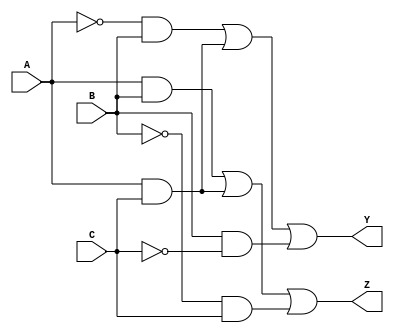
module reduced_logic_block (
    input wire A,  // First input
    input wire B,  // Second input
    input wire C,  // Third input
    output wire Y, // First output
    output wire Z  // Second output
);

// Internal wires for intermediate signals
wire A_not;
wire B_not;
wire C_not;
wire term1, term2, term3;
wire term4, term5, term6;

// NOT gates
assign A_not = ~A;  // A'
assign B_not = ~B;  // B'
assign C_not = ~C;  // C'

// Logic for output Y = A'B + AC + BC'
assign term1 = A_not & B; // A'B
assign term2 = A & C;     // AC
assign term3 = B & C_not; // BC'
assign Y = term1 | term2 | term3; // Y = A'B + AC + BC'

// Logic for output Z = AB + AC + B'C
assign term4 = A & B;     // AB
assign term5 = A & C;     // AC
assign term6 = B_not & C; // B'C
assign Z = term4 | term5 | term6; // Z = AB + AC + B'C

endmodule